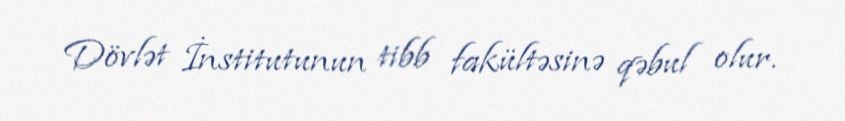
Dövlət İnstitutunun tibb fakültəsinə qəbul olur.